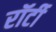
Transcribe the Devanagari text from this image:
रॉर्टी